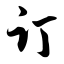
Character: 订